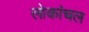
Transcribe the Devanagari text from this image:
लोकांचल